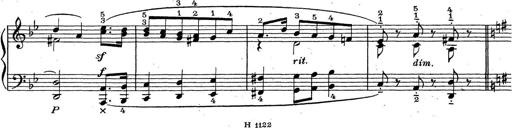
Title: ÄŒeskÃ© Sonatiny
Composer: Various